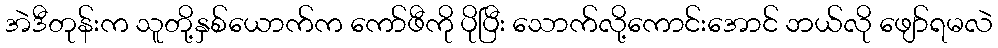
အဲဒီတုန်းက သူတို့နှစ်ယောက်က ကော်ဖီကို ပိုပြီး သောက်လို့ကောင်းအောင် ဘယ်လို ဖျော်ရမလဲ